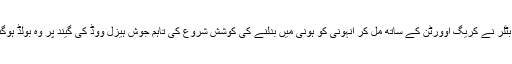
اب بٹلر نے کریگ اوورٹن کے ساتھ مل کر انہونی کو ہونی میں بدلنے کی کوشش شروع کی تاہم جوش ہیزل ووڈ کی گیند پر وہ بولڈ ہوگئے۔